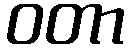
ဝတာ